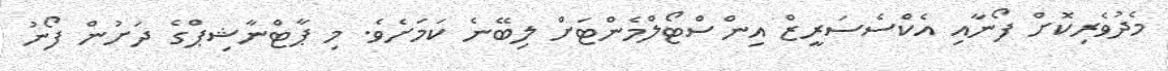
މެދުވެރިކޮށް ފޯނާއި އެކްސެސަރީޒް އިންސްޓޯލްމެންޓަށް ލިބޭނެ ކަމަށެވެ. މި ޕާޓްނާޝިޕްގެ ދަށުން ފޯނު